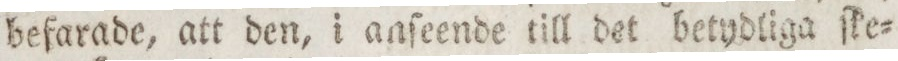
befarade, att den, i anſeende till det betydliga ſke=